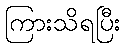
ကြားသိရပြီး